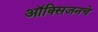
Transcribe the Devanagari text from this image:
ऑक्‍सिजनचे